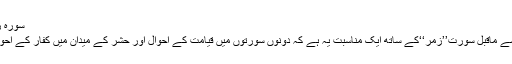
سورۂ زُمَر کے ساتھ مناسبت:
سورۂ مومن کی اپنے سے ماقبل سورت’’زُمَر‘‘کے ساتھ ایک مناسبت یہ ہے کہ دونوں سورتوں میں قیامت کے اَحوال اور حشر کے میدان میں کفار کے اَحوال بیان کئے گئے ہیں ۔